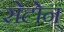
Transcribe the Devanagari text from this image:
सेटोन्